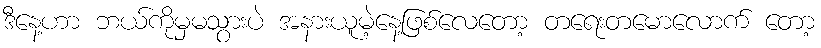
ဒီနေ့ဟာ ဘယ်ကိုမှမသွားပဲ အနားယူမဲ့နေ့ဖြစ်လေတော့ တရေးတမောလောက် တော့